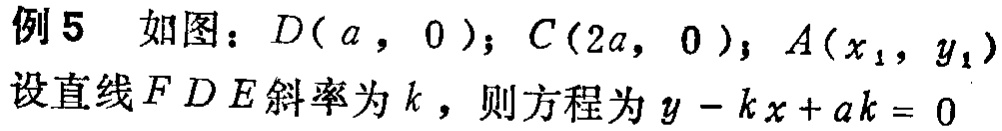
例5 如图：$D(a,0)$；$C(2a,0)$；$A(x_1,y_1)$
设直线$FDE$斜率为$k$，则方程为$y - kx + ak = 0$